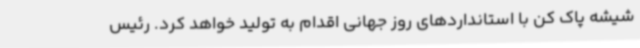
شیشه پاک کن با استانداردهای روز جهانی اقدام به تولید خواهد کرد. رئیس